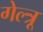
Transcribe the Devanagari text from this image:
गेल्त्रू